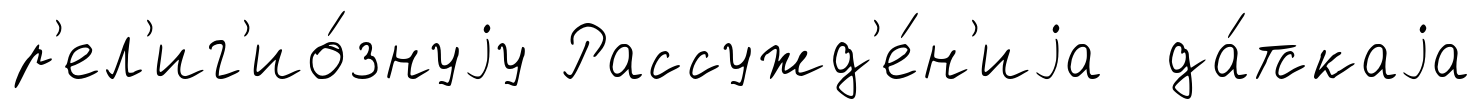
р'ел'иг'ио́знуjу Рассужд'е́н'иjа да́тскаjа